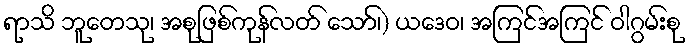
ရာသိ ဘူတေသု၊ အစုဖြစ်ကုန်လတ် သော်၊) ယဒေဝ၊ အကြင်အကြင် ဝါဂွမ်းစု